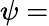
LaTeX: \psi=